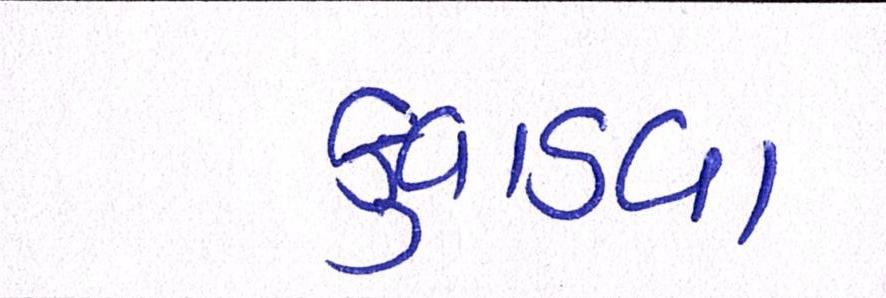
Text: કુવાડવા